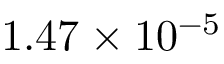
1 . 4 7 \times 1 0 ^ { - 5 }